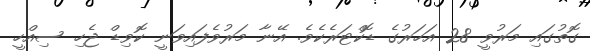
ގޮތުގައި މަރުވީ 28 އަހަރުގެ ޑޮކްޓަރެކެވެ. އޭނާ މަރުވެފައިވަނީ ކޮވިޑް ޖެހި ސިއްހީ